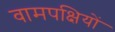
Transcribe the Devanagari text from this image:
वामपक्षियों